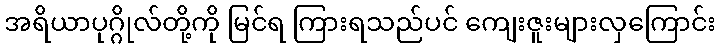
အရိယာပုဂ္ဂိုလ်တို့ကို မြင်ရ ကြားရသည်ပင် ကျေးဇူးများလှကြောင်း